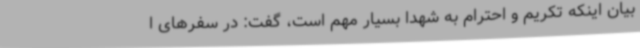
بیان اینکه تکریم و احترام به شهدا بسیار مهم است، گفت: در سفرهای ا